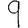
Digit: 9